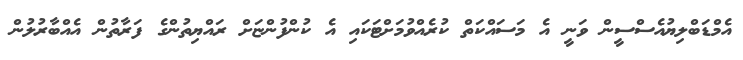
އެމްޑަބްލިޔުއެސްސީން ވަނީ އެ މަސައްކަތް ކުރެއްވުމަށްޓަަކައި އެ ކުންފުންޏަށް ރައްޔިތުންގެ ފަރާތުން އެއްބާރުލުން